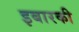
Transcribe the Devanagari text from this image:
इबारकी